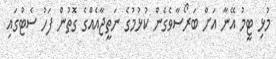
މުޅި ޓީމު އޭނާ އަށް ބަރޯސާވެގެން ކުޅުމުގެ ނަތީޖާއެއްގެ ގޮތުން ފަހު ސެޓުގައި